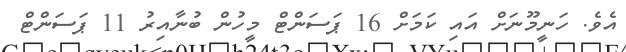
އެވެ. ހަނީމޫނަށް އައި ކަމަށް 16 ޕަސަންޓް މީހުން ބުނާއިރު 11 ޕަސަންޓް